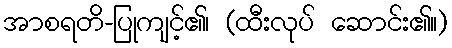
အာစရတိ-ပြုကျင့်၏၊ (ထီးလုပ် ဆောင်း၏။)